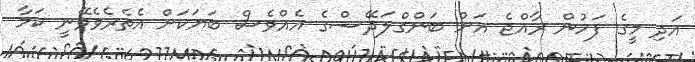
އަދި މީގެ ފަހުން ރާއްޖެ އަށް ބަންގްލަދޭޝްގެ އެއްވެސް ބަޔަކަށް އެތެރެވެވޭނީ ކަމާ